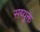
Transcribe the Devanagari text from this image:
सय्युक्त